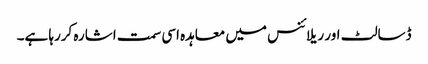
ڈسالٹ اور ریلائنس میں معاہدہ اسی سمت اشارہ کررہا ہے۔